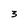
Character: 3